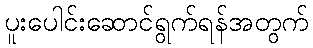
ပူးပေါင်းဆောင်ရွက်ရန်အတွက်